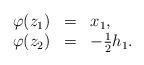
LaTeX: \begin{align*}\begin{array}{llllll}\varphi(z_1) &=& x_1,\\\varphi(z_2) &=& -\frac{1}{2} h_1.\end{array}\end{align*}